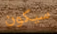
سيكون